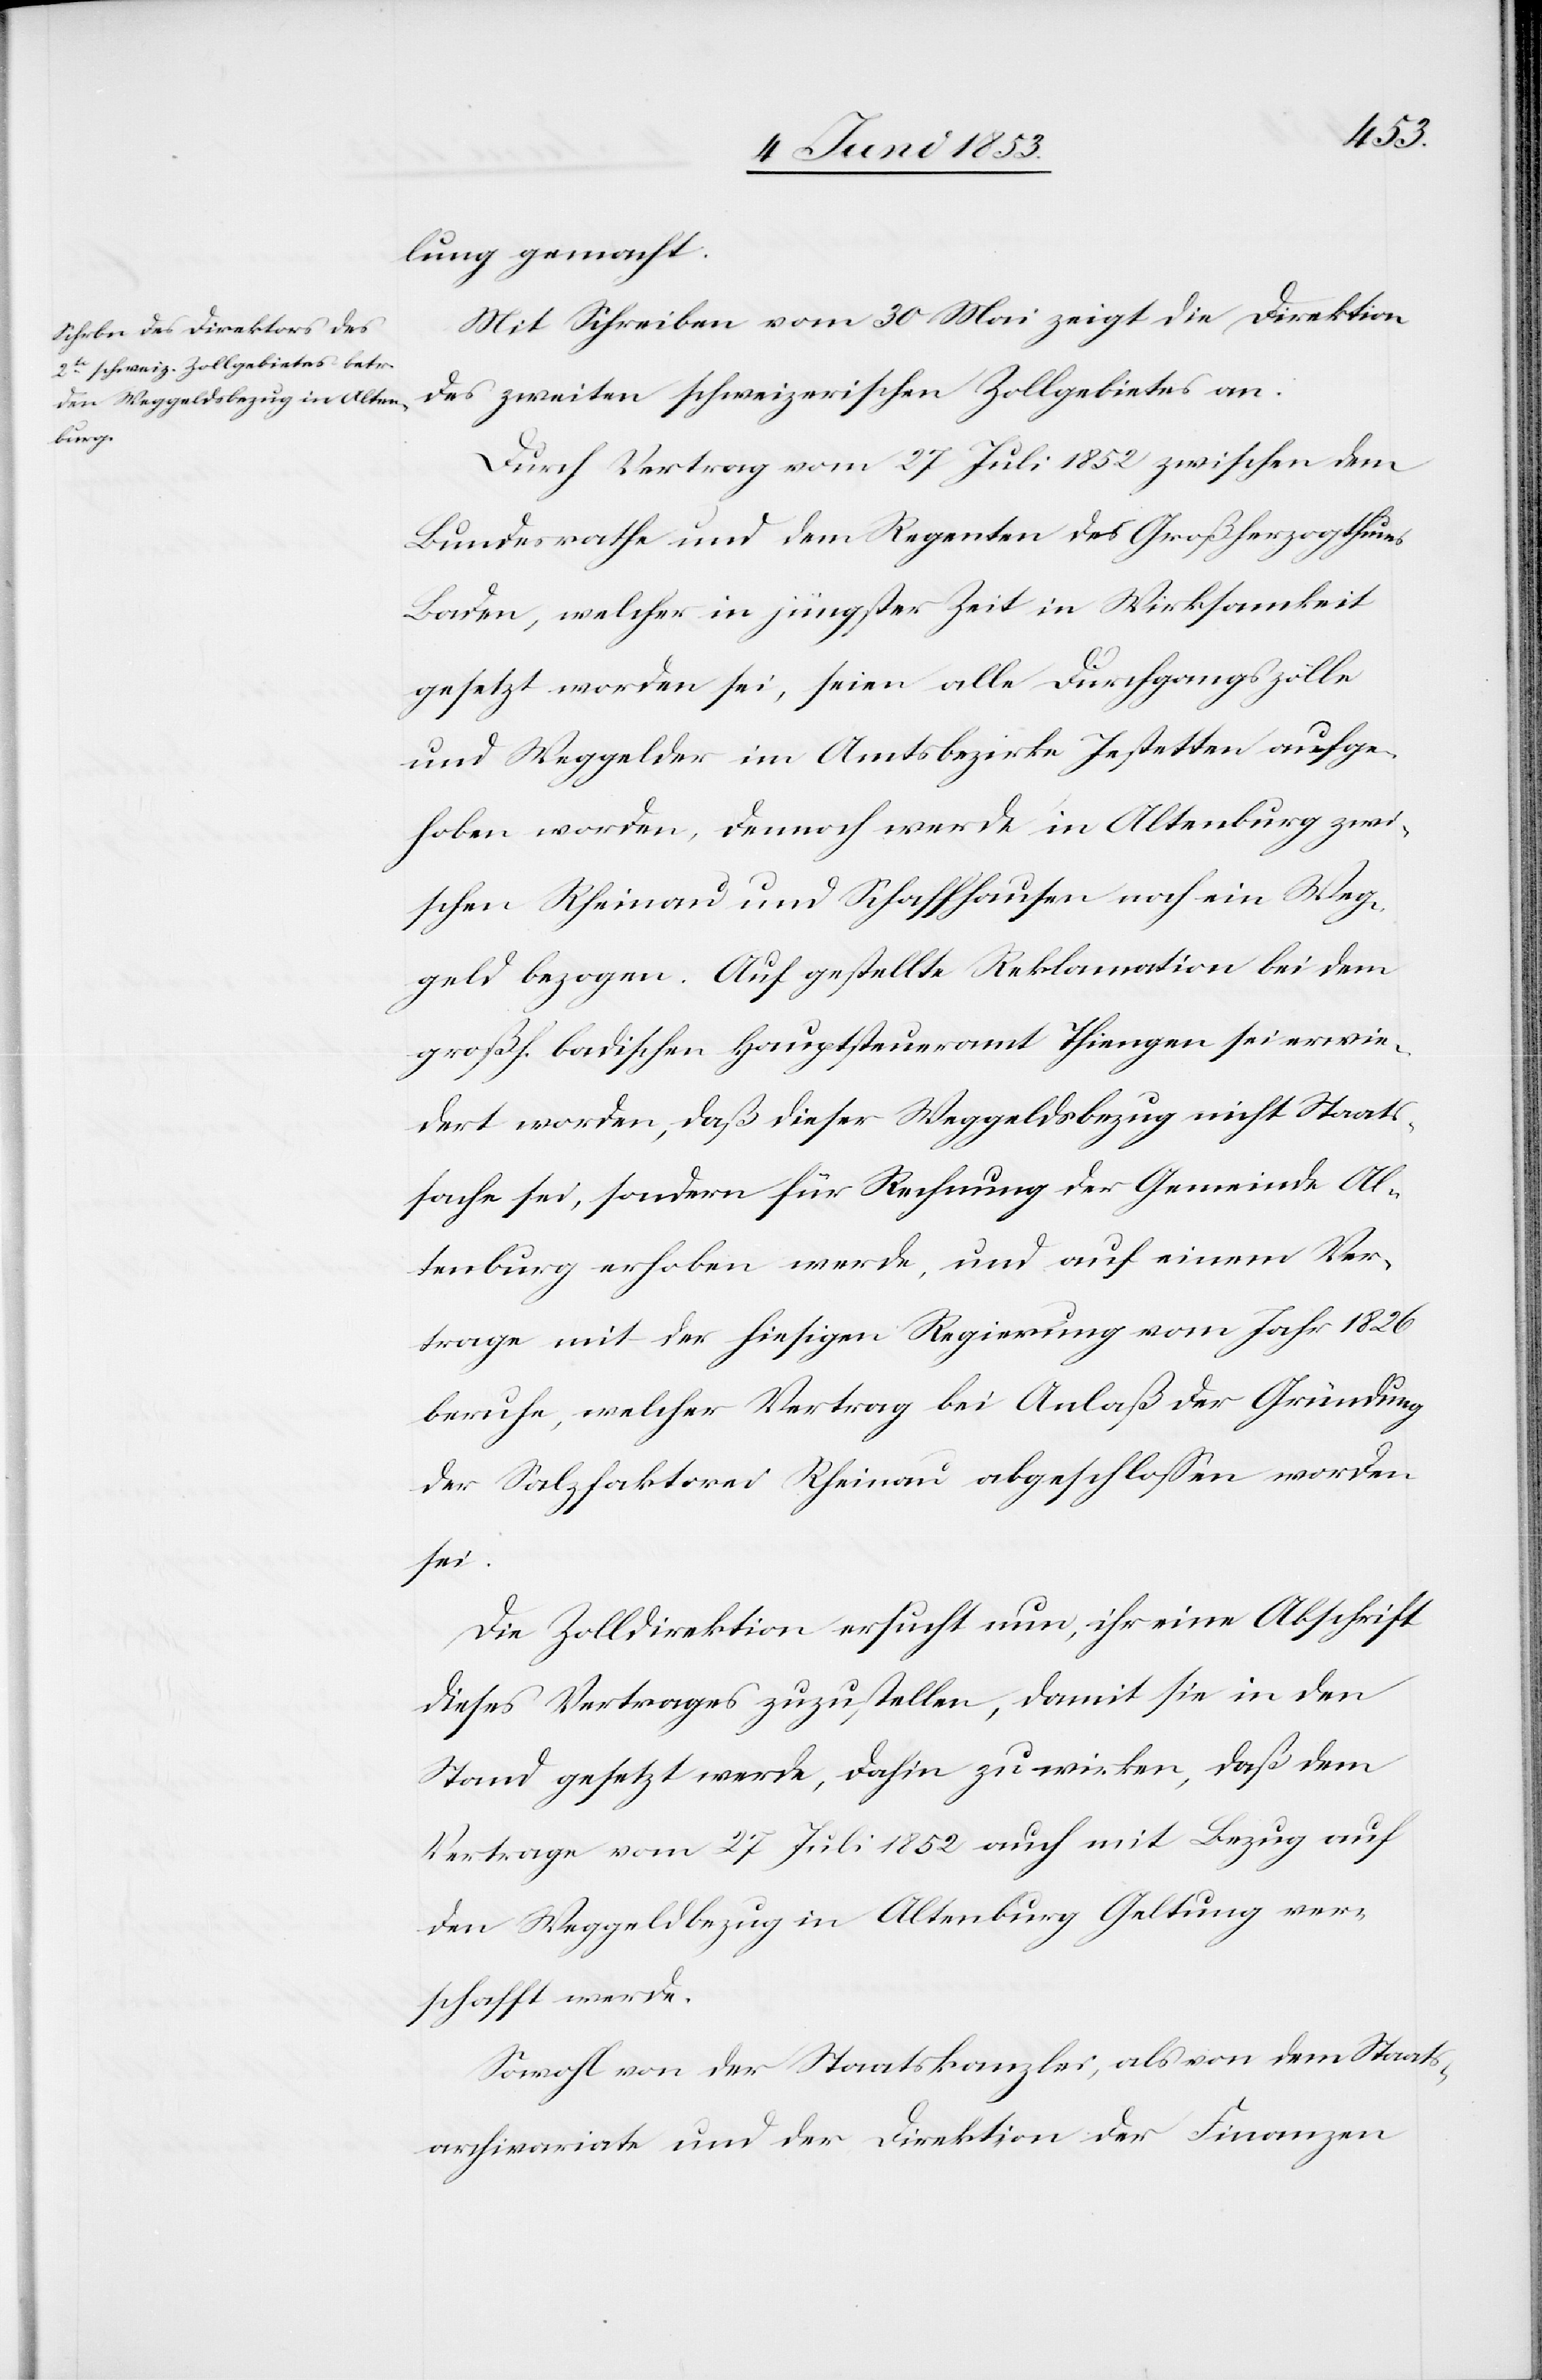
lung gemacht.
Mit Schreiben vom 30 Mai zeigt die Direktion
des zweiten schweizerischen Zollgebietes an.
Durch Vertrag vom 27 Juli 1852 zwischen dem
Bundesrathe und dem Regenten des Großherzogthums
Baden, welcher in jüngster Zeit in Wirksamkeit
gesetzt worden sei, seien alle Durchgangszölle
und Weggelder im Amtsbezirke Jestetten aufge¬
hoben worden, dennoch werde in Altenberg zwi¬
schen Rheinau und Schaffhausen noch ein Weg¬
geld bezogen. Auf gestellte Reklamation bei dem
großh. badischen Hauptsteueramt Thiengen sei erwie¬
dert worden, daß dieser Weggeldsbezug nicht Staats¬
sache sei, sondern für Rechnung der Gemeinde Al¬
tenburg erhoben werde, und auf einem Ver¬
trage mit der hiesigen Regierung vom Jahr 1826
beruhe, welcher Vertrag bei Anlaß der Gründung
der Salzfaktorei Rheinau abgeschloßen worden
sei.
Die Zolldirektion ersucht nun, eine Abschrift
dieses Vertrages zuzustellen, damit sie in den
Stand gesetzt werde, dahin zu wirken, daß dem
Vertrage vom 27 Juli 1852 auch mit Bezug auf
den Weggeldbezug in Altenburg Geltung ver¬
schafft werde.
Sowohl von der Staatskanzlei, als von dem Staats¬
archivariate und der Direktion der Finanzen